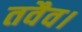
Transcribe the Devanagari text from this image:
तवैव।